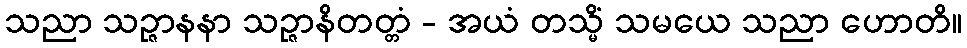
သညာ သဉ္ဇာနနာ သဉ္ဇာနိတတ္တံ - အယံ တသ္မိံ သမယေ သညာ ဟောတိ။